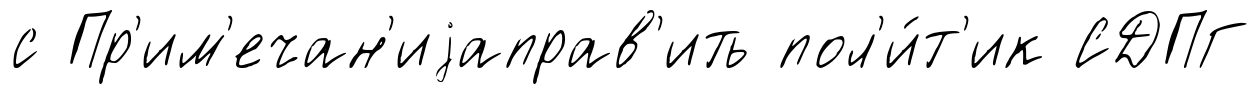
с Пр'им'ечан'иjаправ'ить пол'и́т'ик СДПГ